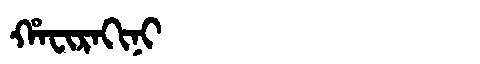
Manchu: ᡥᠠᠸᡳᡵᠠᡴᡳᠨᡳ
Romanization: HAFIRAKINI